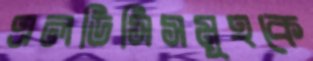
এলডিসিসমূহকে